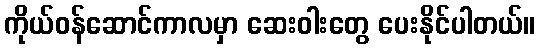
ကိုယ်ဝန်ဆောင်ကာလမှာ ဆေးဝါးတွေ ပေးနိုင်ပါတယ်။